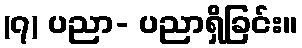
(၇) ပညာ- ပညာရှိခြင်း။